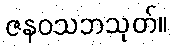
ဇနဝသဘသုတ်။